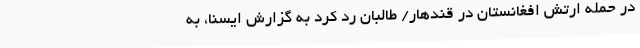
در حمله ارتش افغانستان در قندهار/ طالبان رد کرد به گزارش ایسنا، به